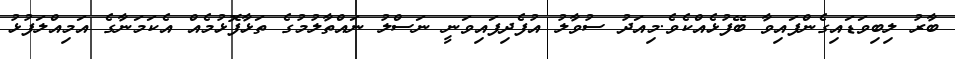
ބާރު ލިބިވަޑައިގެންފައިވާ ބޭފުޅެއްކެވެ.މިއަދު ސުވާލު އުފެދިފައިވަނީ ނަސްލު ނައްތާލުމުގެ ތަޅާފޮޅުމެއް އެކަމަނާގެ އަމިއްލަފުޅު